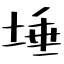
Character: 埵